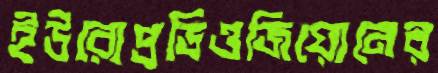
ইউরোপ্রডিওজিয়োনের